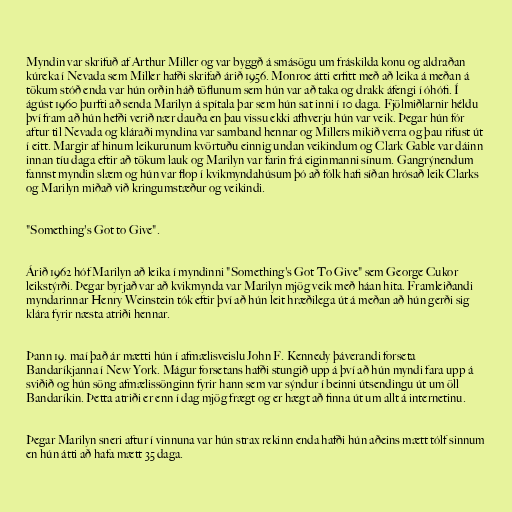
Myndin var skrifuð af Arthur Miller og var byggð á smásögu um fráskilda konu og aldraðan
kúreka í Nevada sem Miller hafði skrifað árið 1956. Monroe átti erfitt með að leika á meðan á
tökum stóð enda var hún orðin háð töflunum sem hún var að taka og drakk áfengi í óhófi. Í
ágúst 1960 þurfti að senda Marilyn á spítala þar sem hún sat inni í 10 daga. Fjölmiðlarnir héldu
því fram að hún hefði verið nær dauða en þau vissu ekki afhverju hún var veik. Þegar hún fór
aftur til Nevada og kláraði myndina var samband hennar og Millers mikið verra og þau rifust út
í eitt. Margir af hinum leikurunum kvörtuðu einnig undan veikindum og Clark Gable var dáinn
innan tíu daga eftir að tökum lauk og Marilyn var farin frá eiginmanni sínum. Gangrýnendum
fannst myndin slæm og hún var flop í kvikmyndahúsum þó að fólk hafi síðan hrósað leik Clarks
og Marilyn miðað við kringumstæður og veikindi.

"Something's Got to Give".

Árið 1962 hóf Marilyn að leika í myndinni "Something's Got To Give" sem George Cukor
leikstýrði. Þegar byrjað var að kvikmynda var Marilyn mjög veik með háan hita. Framleiðandi
myndarinnar Henry Weinstein tók eftir því að hún leit hræðilega út á meðan að hún gerði sig
klára fyrir næsta atriði hennar.

Þann 19. maí það ár mætti hún í afmælisveislu John F. Kennedy þáverandi forseta
Bandaríkjanna í New York. Mágur forsetans hafði stungið upp á því að hún myndi fara upp á
sviðið og hún söng afmælissönginn fyrir hann sem var sýndur í beinni útsendingu út um öll
Bandaríkin. Þetta atriði er enn í dag mjög frægt og er hægt að finna út um allt á internetinu.

Þegar Marilyn sneri aftur í vinnuna var hún strax rekinn enda hafði hún aðeins mætt tólf sinnum
en hún átti að hafa mætt 35 daga.